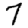
Digit: 7